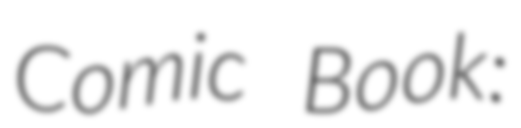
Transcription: Comic Book: